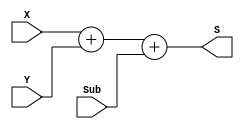
`timescale 1ns / 1ps
//////////////////////////////////////////////////////////////////////////////////
// Company: 
// Engineer: 
// 
// Design Name: 
// Module Name: CLA32
// Project Name: 
// Target Devices: 
// Tool Versions: 
// Description: 
// 
// Dependencies: 
// 
// Revision:
// Revision 0.01 - File Created
// Additional Comments:
// 
//////////////////////////////////////////////////////////////////////////////////


module CLA32(X,Y,Sub,S);
    input [31:0]X,Y;
    input Sub;
    output [31:0]S;
    assign S = X + Y + Sub;
endmodule